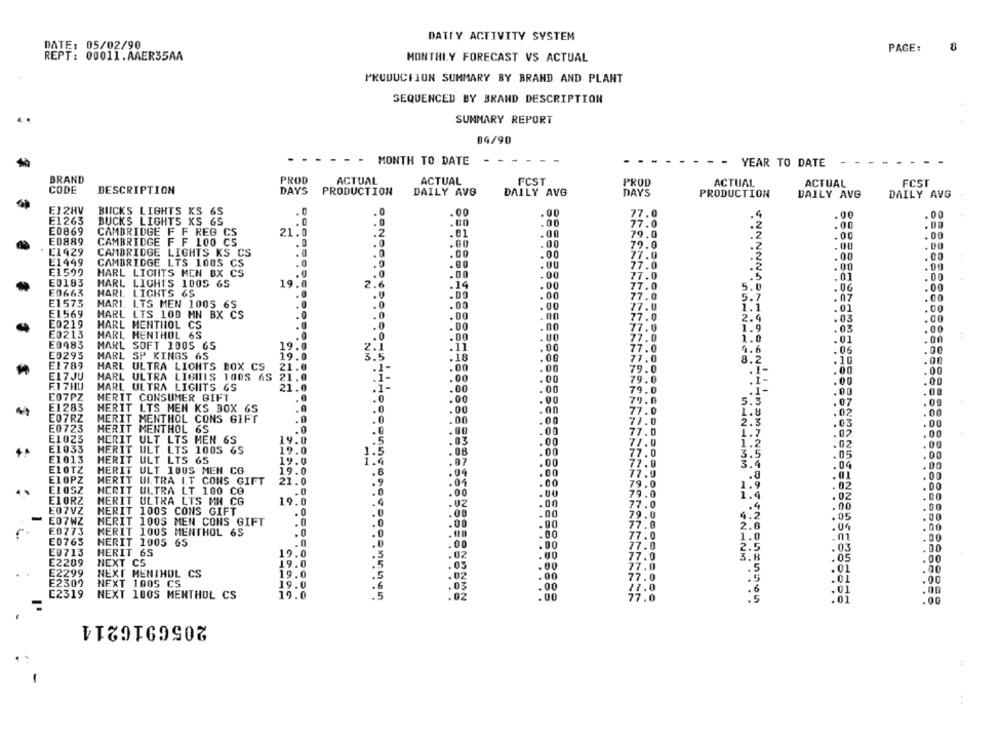
DATIY ACTIVITY SYSTEM
DATE: 05/02/90
PACE:
8
REPT: 00011.AAER35AA
MONTHLY FORECAST VS ACTUAL
PRODUCTION SUMMARY BY BRAND AND PLANT
SEQUENCED BY BRAND DESCRIPTION
SUMMARY REPORT
04/90
MONTH TO DATE
.
YEAR TO DATE
-
BRAND
PROD
ACTUAL
ACTUAL
FCST
PROD
ACTUAL
ACTUAL
FCST
CODE
DESCRIPTION
DAYS
PRODUCTION
DAILY AVG
DAILY AVG
DAYS
PRODUCTION
DAILY AVG
DAILY AVG
E12HV
BUCKS LIGHTS KS 6S
.0
.00
.00
77.0
.00
.00
E1263
BUCKS LIGHTS XS 6S
.
.00
E0869
77.0
.2
.00
CAMBRIDGE F F REG CS
21.0
.01
.00
79.0
.00
.00
ED889
CAMBRIDGE F F 100 CS
.
.00
79.0
.00
L1929
CAMBRIDGE LIGHTS KS CS
.00
.2
.00
77.0
.00
.CO
E1449
CAMBRIDGE LTS 100S CS
.0
.00
.00
77.0
.00
E1599
HARL LIGHTS MEN BX CS
.0
.00
.00
77.0
.01
E0183
HARL LIGHTS 1005 65
2.6
. 00
19.
.14
.00
77.0
5.1
.00
.00
E0663
MARI. LIGHTS 6S
.00
.00
77.0
5.7
.07
.00
E1573
MARI. LTS MEN 1005 6S
.0
E1569
.00
. 00
17.0
1.1
.01
.00
MARL LTS 100 MN BX CS
.0
.00
.00
2.4
.03
.00
E0219
HARL MENTHOL CS
.00
.00
E0213
MARL MENTHOL 6S
1.9
.03
.00
.00
.01
.00
E0483
MARL SOFT 1005 65
19
.00
.06
.00
E0293
MARL SP KINGS 6S
19.
.00
E1789
8.2
.10
.OF
HARL ULTRA LICHTS BOX CS
21.
.00
.00
EL7 JU
HARL ULTRA LIGINIS 100S 6S 21.0
F.1 7 HU
.00
.00
MARL ULTRA LIGHTS &S
21.0
.00
.00
E07PZ
MERIT CONSUMER GIFT
.00
.00
E1283
MERIT LTS MEN KS BOX GS
5.3
.07
1.8
.02
.00
E07RZ
MERIT MENTHOL CONS GIFT
2.3
.
13
.DO
E0723
HERIT MENTHOL 6S
.00
77
E1023
1.7
02
.00
MERIT ULT LTS MEN 6S
19.0
1:2
.02
.00
E1033
MERIT ULT LTS 100S 6S
19.0
77
E1013
HERIT ULT LTS 65
19.0
77
3.5
.05
.00
.00
3.9
04
.00
ELOTZ
MERIT ULT 100S MEN CG
19.0
.00
.00
ELOPZ
MERIT UITRA LT CONS GIFT
21.0
.00
79
...
ELOSZ
MERIT ULTRA LT 100 CO
02
79.0
02
.00
E10RZ
MERIT ULTRA LTS MN CG
19.0
.00
77
E07VZ
MERIT 100S CONS GIFT
.00
00
.00
79
05
.00
E07WZ
MERIT 100S MEN CONS GIFT
77.0
2.8
.04
.00
E0773
MERIT 100S MENTHOL 6S
.0
77.0
.01
E0765
NERIT 1005 65
.0
1.0
.00
77.0
2.5
03
.00
E0713
HERIT 6S
19.0
.00
77.0
.05
E2209
NEXT CS
19.0
.00
77.0
3.8
.00
E2299
.01
TO
.00
NEXT MENTHOL CS
19.0
77.0
.5
.00
E2309
NEXT 1005 CS
19.0
.00
01
E2319
.00
NEXT 100S MENTHOL CS
19.0
.00
77.0
.00
2050916214
: